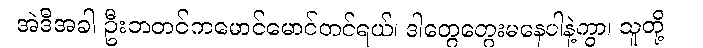
အဲဒီအခါ ဦးဘတင်ကမောင်မောင်တင်ရယ်၊ ဒါတွေတွေးမနေပါနဲ့ကွာ၊ သူတို့